Civil Veterinary Dept. North-West Frontier Province 1933-46 - 1933-1946
Year: 1933
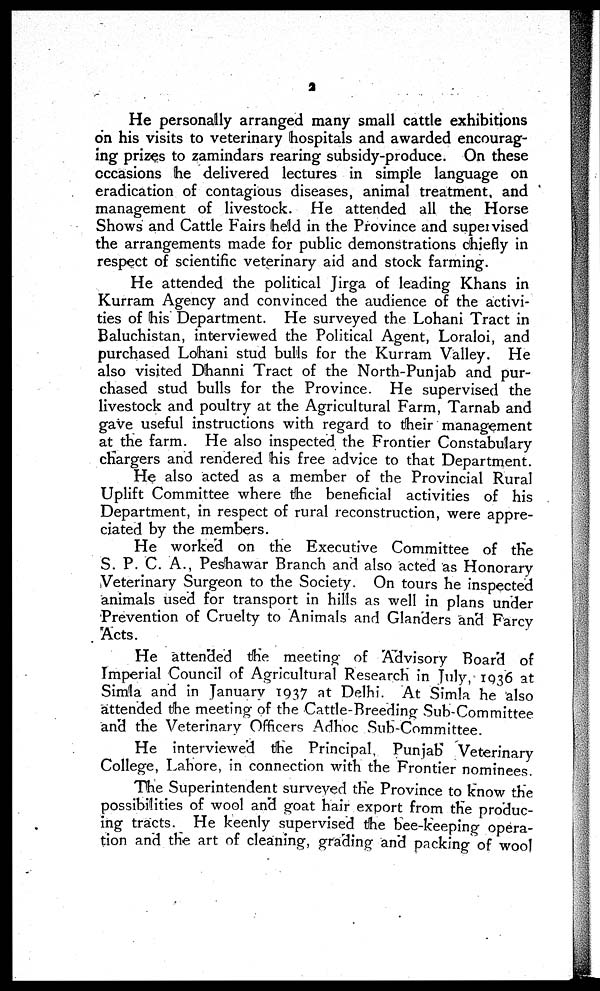
2
He personally arranged many small cattle exhibitions
on his visits to veterinary hospitals and awarded encourag-
ing prizes to zamindars rearing subsidy-produce. On these
occasions he delivered lectures in simple language on
eradication of contagious diseases, animal treatment, and
management of livestock. He attended all the Horse
Shows and Cattle Fairs held in the Province and supervised
the arrangements made for public demonstrations chiefly in
respect of scientific veterinary aid and stock farming.
He attended the political Jirga of leading Khans in
Kurram Agency and convinced the audience of the activi-
ties of his Department. He surveyed the Lohani Tract in
Baluchistan, interviewed the Political Agent, Loraloi, and
purchased Lohani stud bulls for the Kurram Valley. He
also visited Dhanni Tract of the North-Punjab and pur-
chased stud bulls for the Province. He supervised the
livestock and poultry at the Agricultural Farm, Tarnab and
gave useful instructions with regard to their management
at the farm. He also inspected the Frontier Constabulary
chargers and rendered his free advice to that Department.
He also acted as a member of the Provincial Rural
Uplift Committee where the beneficial activities of his
Department, in respect of rural reconstruction, were appre-
ciated by the members.
He worked on the Executive Committee of the
S. P. C. A., Peshawar Branch and also acted as Honorary
Veterinary Surgeon to the Society. On tours he inspected
animals used for transport in hills as well in plans under
Prevention of Cruelty to Animals and Glanders and Farcy
Acts.
He attended the meeting of Advisory Board of
Imperial Council of Agricultural Research in July, 1936 at
Simla and in January 1937 at Delhi. At Simla he also
attended the meeting of the Cattle-Breeding Sub-Committee
and the Veterinary Officers Adhoc Sub-Committee.
He interviewed the Principal. Punjab Veterinary
College, Lahore, in connection with the Frontier nominees.
The Superintendent surveyed the Province to know the
possibilities of wool and goat hair export from the produc-
ing tracts. He keenly supervised the bee-keeping opera-
tion and the art of cleaning, grading and packing of wool